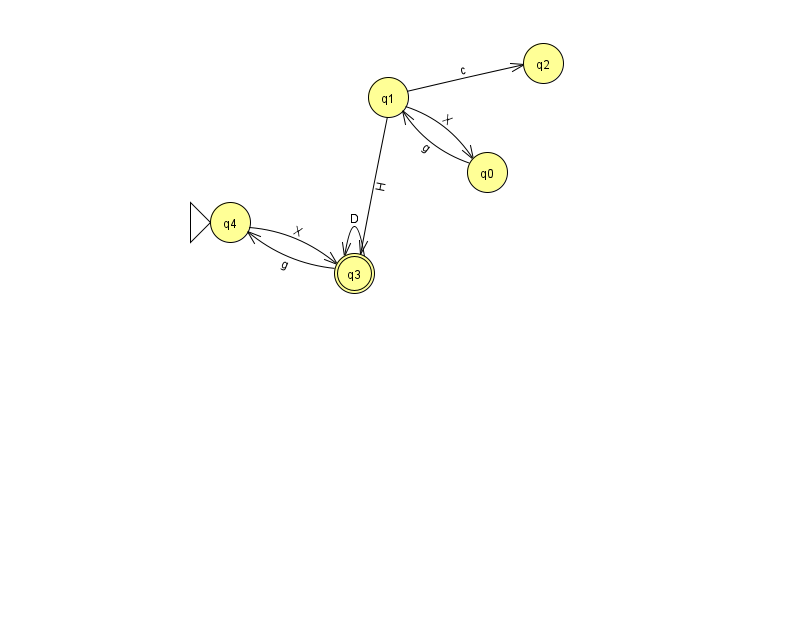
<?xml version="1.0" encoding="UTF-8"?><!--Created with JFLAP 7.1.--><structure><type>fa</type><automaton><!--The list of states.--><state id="0" name="q0"><x>487.0</x><y>159.0</y></state><state id="1" name="q1"><x>388.0</x><y>84.0</y></state><state id="2" name="q2"><x>543.0</x><y>50.0</y></state><state id="3" name="q3"><x>354.0</x><y>260.0</y><final/></state><state id="4" name="q4"><x>230.0</x><y>209.0</y><initial/></state><!--The list of transitions.--><transition><from>4</from><to>3</to><read>X</read></transition><transition><from>3</from><to>3</to><read>D</read></transition><transition><from>1</from><to>3</to><read>H</read></transition><transition><from>0</from><to>1</to><read>g</read></transition><transition><from>1</from><to>0</to><read>X</read></transition><transition><from>3</from><to>4</to><read>g</read></transition><transition><from>1</from><to>2</to><read>c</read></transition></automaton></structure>